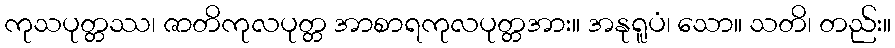
ကုသပုတ္တဿ၊ ဇာတိကုလပုတ္တ အာစာရကုလပုတ္တအား။ အနုရူပံ၊ သော။ သတိ၊ တည်း။